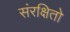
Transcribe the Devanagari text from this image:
संरक्षितो